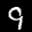
Label: 9